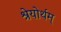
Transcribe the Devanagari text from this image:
श्रेयोर्थम्‌